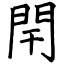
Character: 閈